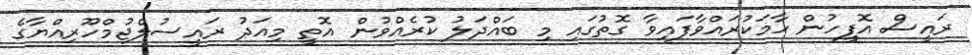
ރައީސް އޮފީހުން ހާމަކުރައްވާފައިވާ ގޮތުގައި މި ބައްދަލު ކުރެއްވުން އޮތީ މިއަދު ރައީސުލްޖުމްހޫރިއްޔާގެ